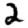
Digit: 2